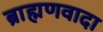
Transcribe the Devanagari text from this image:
ब्राह्मणवादा